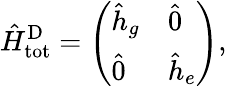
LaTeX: \hat{H}_{\mathrm{tot}}^{\mathrm{D}}=\left(\begin{array}{ll}{\hat{h}_{g}}&{\hat{0}}\\ {\hat{0}}&{\hat{h}_{e}}\end{array}\right),